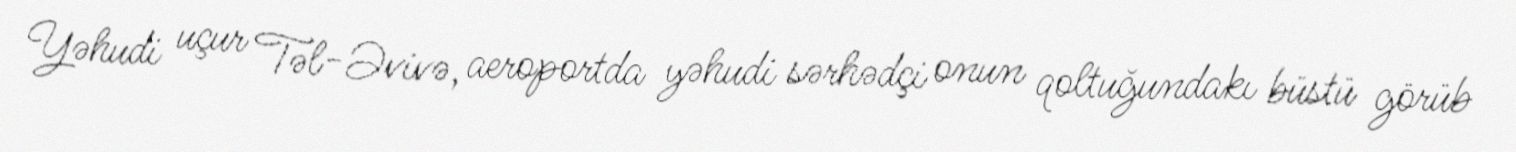
Yəhudi uçur Təl-Əvivə, aeroportda yəhudi sərhədçi onun qoltuğundakı büstü görüb